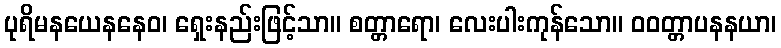
ပုရိမနယေနနေဝ၊ ရှေးနည်းဖြင့်သာ။ စတ္တာရော၊ လေးပါးကုန်သော။ ဝဝတ္တာပနနယာ၊